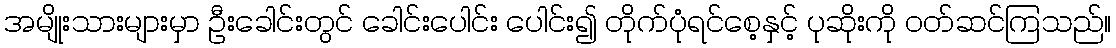
အမျိုးသားများမှာ ဦးခေါင်းတွင် ခေါင်းပေါင်း ပေါင်း၍ တိုက်ပုံရင်စေ့နှင့် ပုဆိုးကို ဝတ်ဆင်ကြသည်။